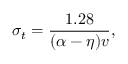
\sigma _ { t } = \frac { 1 . 2 8 } { ( \alpha - \eta ) v } ,